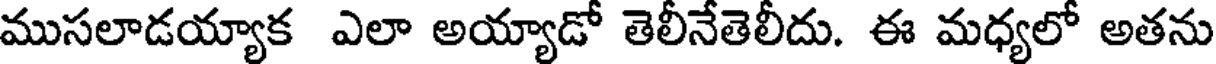
ముసలాడయ్యాక ఎలా అయ్యాడో తెలీనేతెలీదు. ఈ మధ్యలో అతను